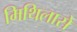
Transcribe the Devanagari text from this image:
मिथिलासे